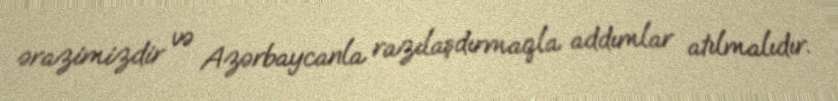
ərazimizdir və Azərbaycanla razılaşdırmaqla addımlar atılmalıdır.